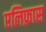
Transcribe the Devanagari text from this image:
एलिफ़ास